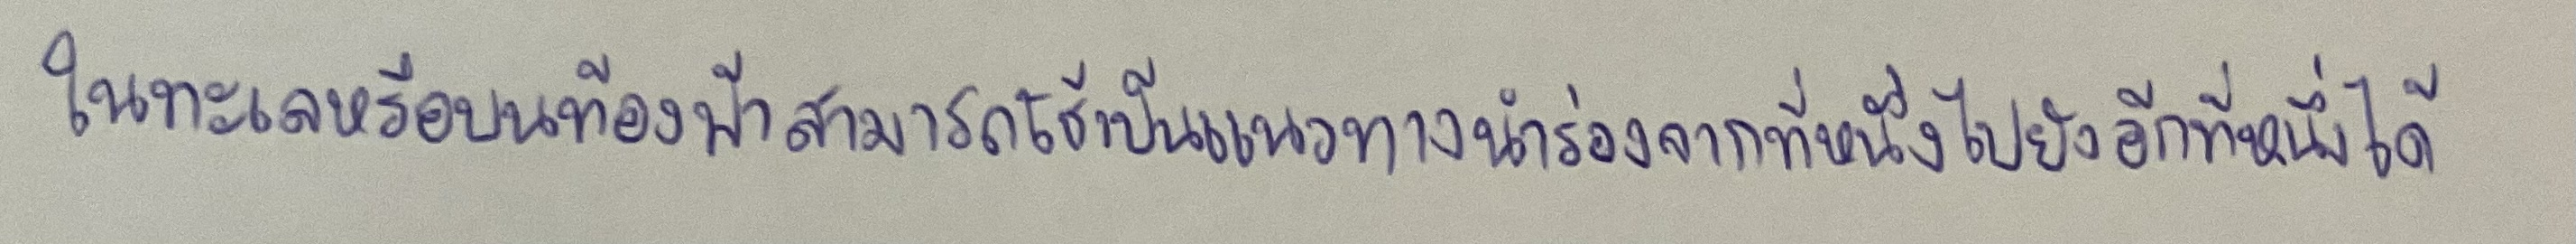
ในทะเลหรือบนท้องฟ้าสามารถใช้เป็นแนวทางนำร่องจากที่หนึ่งไปยังอีกที่หนึ่งได้